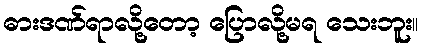
ဓားဒဏ်ရာလို့တော့ ပြောလို့မရ သေးဘူး။